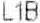
L1B